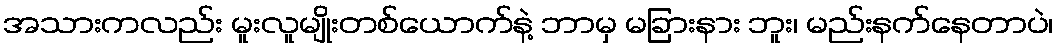
အသားကလည်း မူးလူမျိုးတစ်ယောက်နဲ့ ဘာမှ မခြားနား ဘူး၊ မည်းနက်နေတာပဲ၊